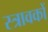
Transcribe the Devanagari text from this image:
स्त्रावकों